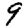
Digit: 9